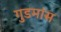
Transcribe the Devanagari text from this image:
गुडमांस